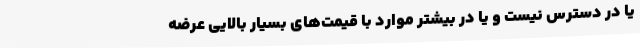
یا در دسترس نیست و یا در بیشتر موارد با قیمت‌های بسیار بالایی عرضه